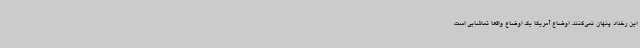
این رخداد پنهان نمی‌کنند. اوضاع آمریکا یک اوضاع واقعا تماشایی است.